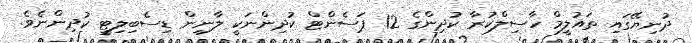
ދުނިޔޭގައި ތައުލީމް ހާސިލްކުރާ ކުދިންގެ 12 ޕަސެންޓް ކުދިންނަކީ ލާނިން ޑިސެބިލިޓީ ކުދިންނެވެ.